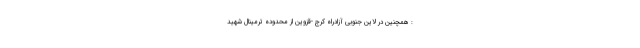
: همچنین در لاین جنوبی آزادراه کرج -قزوین از محدوده ترمینال شهید